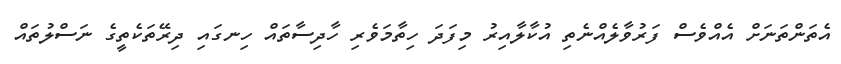
އެތަންތަނަށް އެއްވެސް ފަރުވާލެއްނެތި އުކާލާއިރު މިފަދަ ހިތާމަވެރި ހާދިސާތައް ހިނގައި ދިރޭތަކެތީގެ ނަސްލުތައް